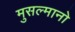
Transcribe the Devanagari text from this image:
मुसल्मानो